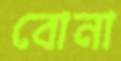
বোনা